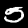
Digit: 5